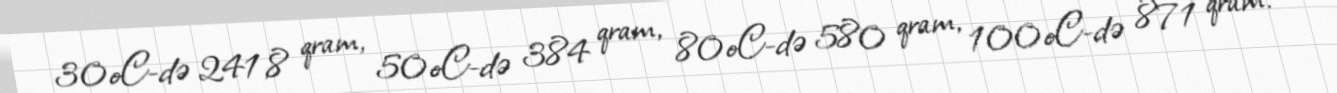
30oC-də 241,8 qram, 50oC-də 384 qram, 80oC-də 580 qram, 100oC-də 871 qram.